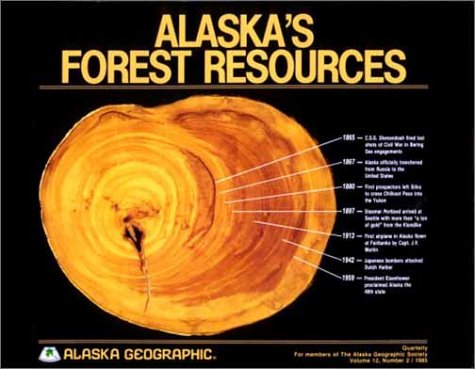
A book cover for Alaska's Forest Resources (Alaska Geographic Series, Volume 12 Number 2); Alaska Geographic Association; Sports & Outdoors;